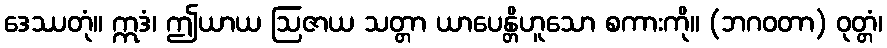
ဒေဿတုံ။ ဣဒံ၊ ဤယာယ ဩဇာယ သတ္တာ ယာပေန္တိဟူသော စကားကို။ (ဘဂဝတာ) ဝုတ္တံ၊